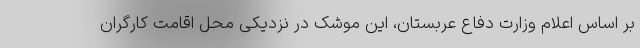
بر اساس اعلام وزارت دفاع عربستان، این موشک در نزدیکی محل اقامت کارگران